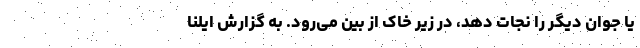
یا جوان دیگر را نجات دهد، در زیر خاک از بین می‌رود. به گزارش ایلنا